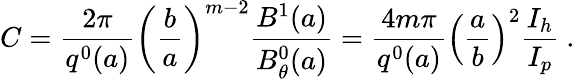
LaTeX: C=\frac{2\pi}{q^{0}(a)}\left(\frac{b}{a}\right)^{m-2}\frac{B^{1}(a)}{B_{\theta}^{0}(a)}=\frac{4m\pi}{q^{0}(a)}\left(\frac{a}{b}\right)^{2}\frac{I_{h}}{I_{p}}~.